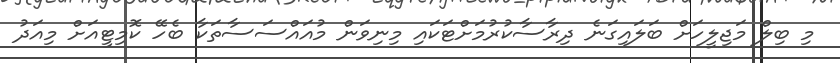
މި ބިލް މަޖިލީހަށް ބަލައިގަނެ ދިރާސާކުރުމަށްޓަކައި މިނިވަން މުއައްސަސާތަކާ ބެހޭ ކޮމިޓީއަށް މިއަދު